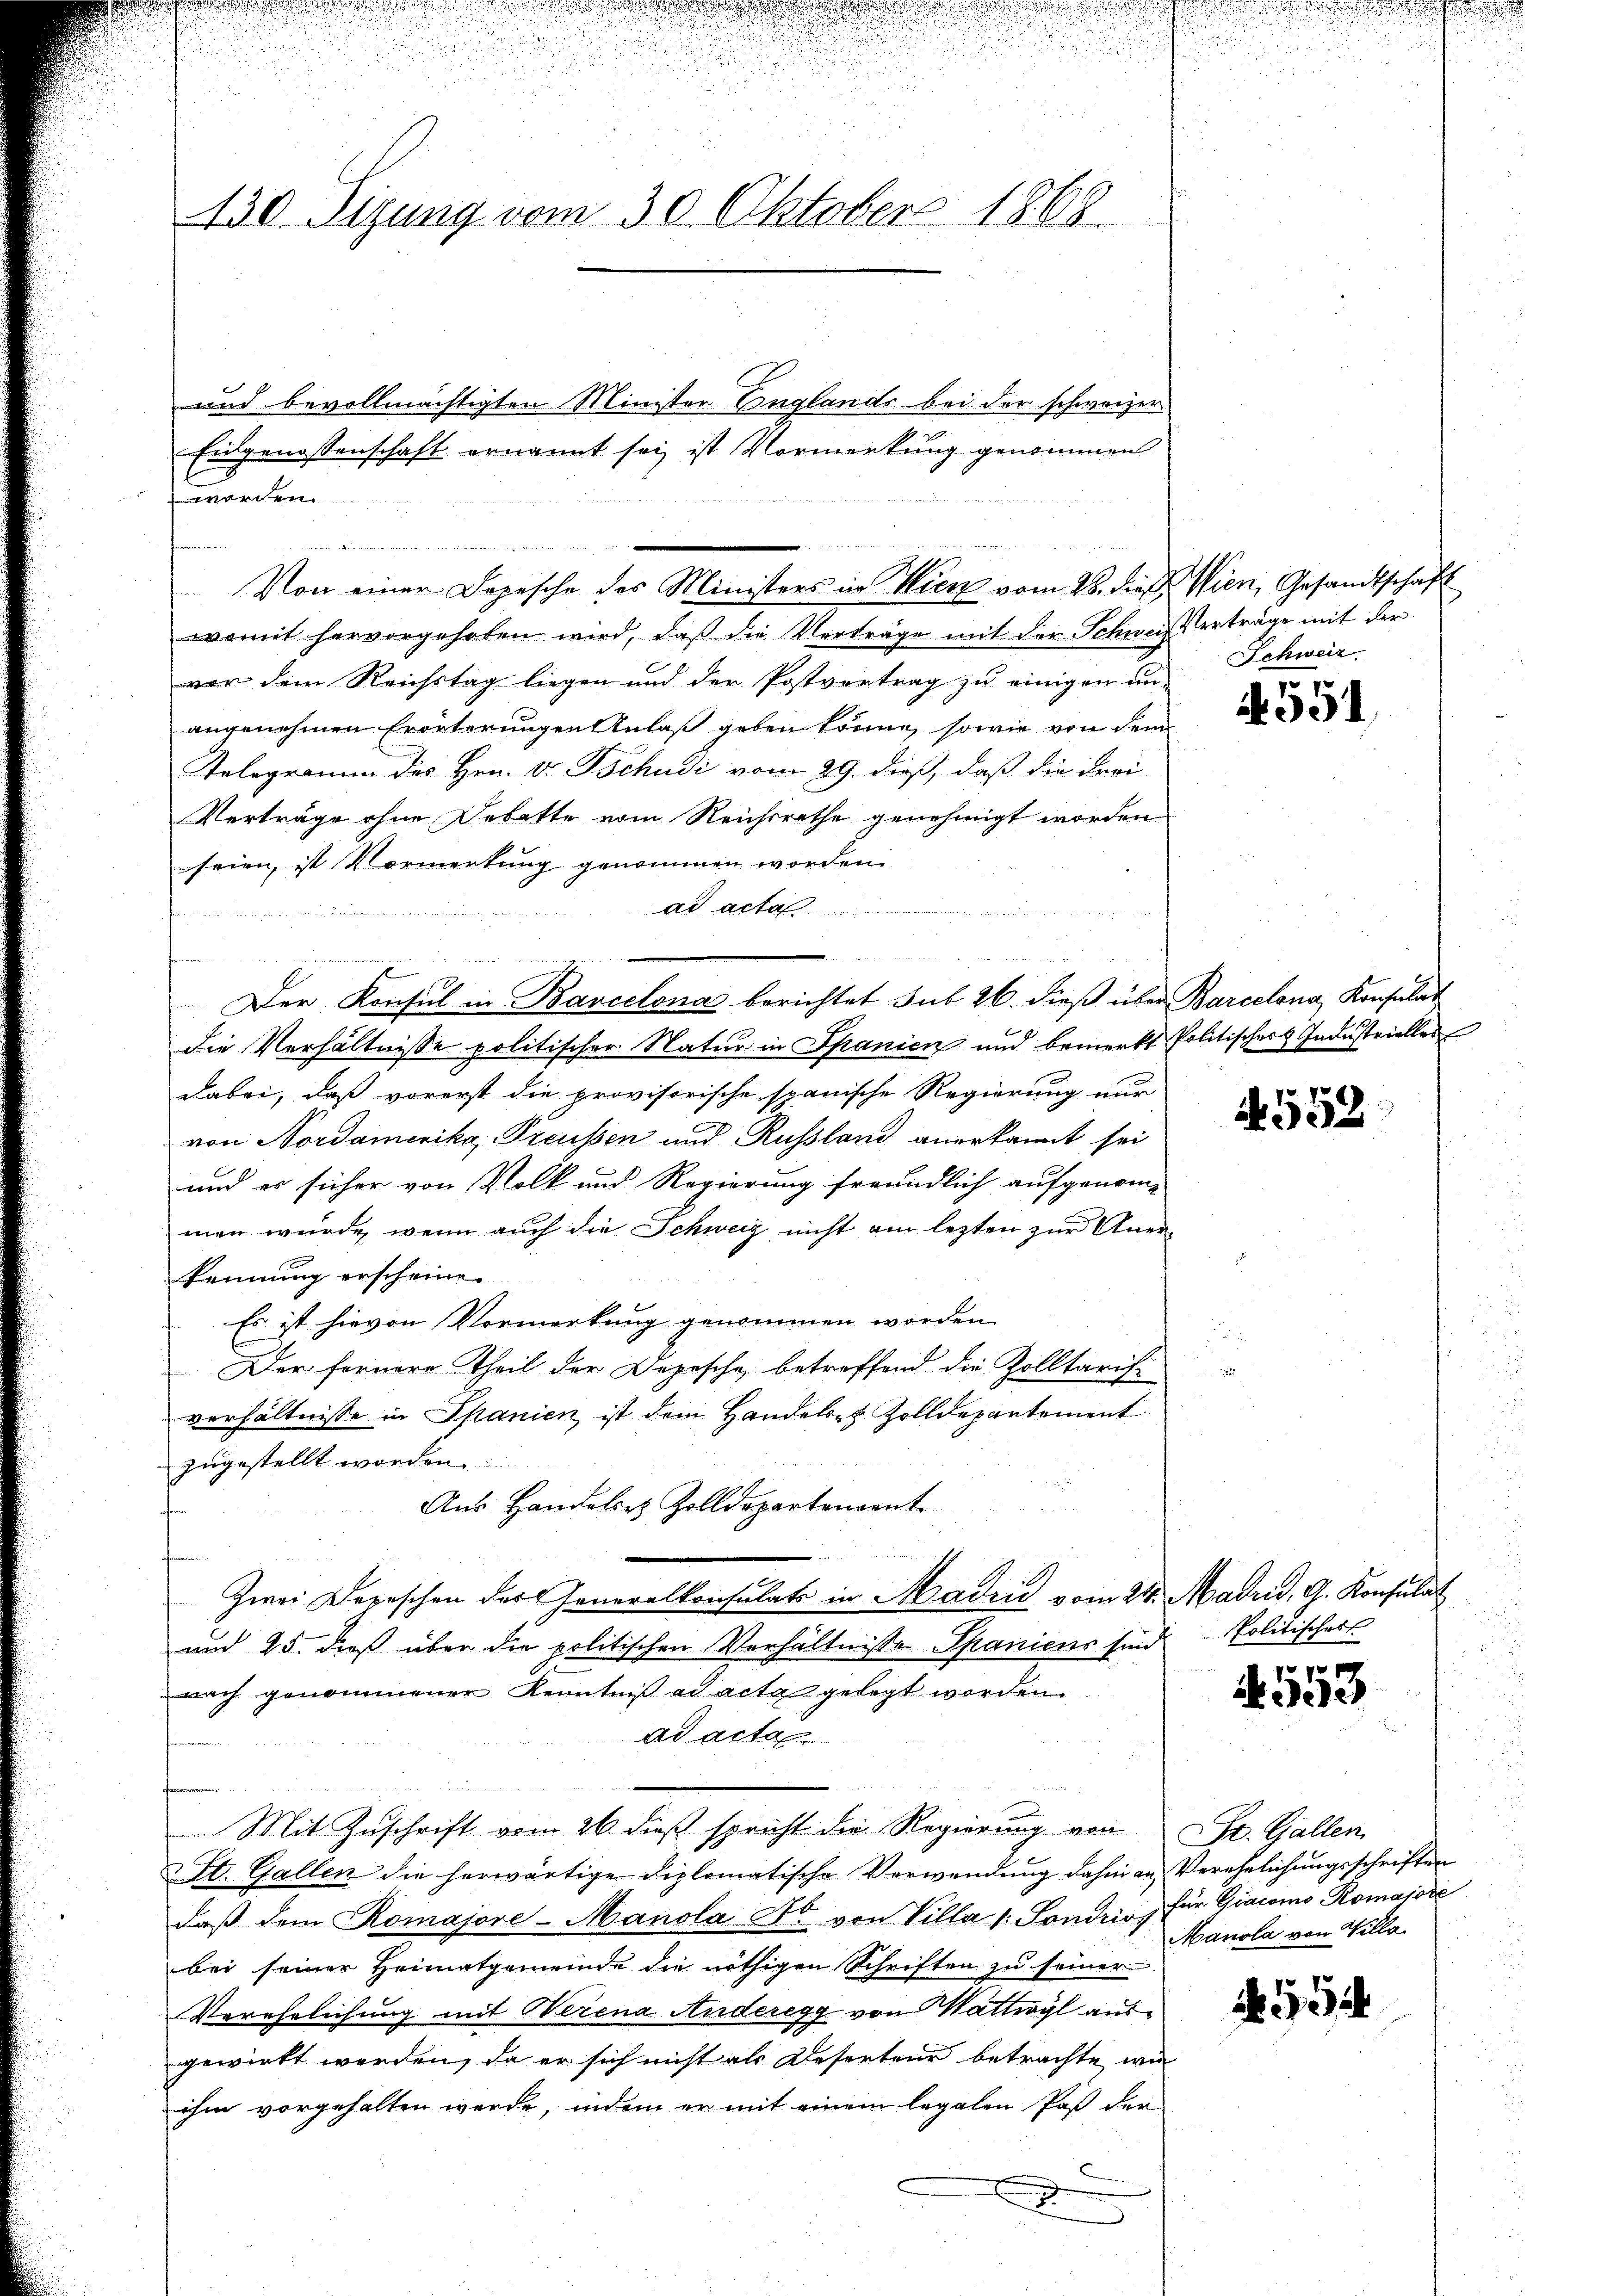
130. Sizung vom 30. Oktober 1868.

Eidgenossenschaft ernannt sei ist Vormerkung genommen

d

und bevollmächtigten Minister Englands bei der schweizerworden
womit hervorgehoben wird, daß die Verträge mit der Schweiz Verträge mit der
vor dem Reichstag liegen und der Postvertrag zu einigen an-
angenehmen Erörterungen Anlaß geben könne, sowie von dem
Telegramm des Hrn. V. Tschudi vom 29. dieß, daß die Frei-
Verträge ohne Debatte vom Reichsrathe genehmigt worden
seien, ist Vormerkung genommen worden.

die Verhältnisse politischer Natur in Spanien und bemerkt Politischer Industrielles
dabei, daß vorerst die provisorische spanische Regierung nur
von Nordamerika, Preussen und Russland anerkannt sei
und er sicher von Volk und Regierung freundlich aufgenom-
men wurde, wenn auch die Schweiz nicht am lezten zur Aner-
kennung erscheinen
Es ist hievon Vormerkung genommen worden.
Der fernere Theil der Depesche betreffend die Zolltaris-
verhältnisse in Spanien, ist dem Handels- & Zolldepartement
zugestellt worden.
Aus Handelses Zolldepartement
Zwei Depeschen der Generalkonsulats in Madrić vom 24. Madrid, G. Konsulat
und 25. dieß über die politischen Verhältnisse Spaniens sind
nach genommener Kenntniß ad acta gelegt worden.
ad acte
u
Mit Zuschrift vom 26. dieß spricht die Regierung von St. Gallen
St. Gallen die herwärtige diplomatische Verwendung dahin an Verehelichungsschriften
daβ dem Romajore-Manola Fr. von Villa 1. Sondriss für Giacomo Romajore
bei seiner Heimatgemeinde die nöthigen Schriften zu seiner
Verehelichung mit Werena Anderegg von Wattwyl ausgewirkt werden, da er sich nicht als Deserteur betrachte wie
ihm vorgehalten werde, indem er mit einem legalen Paß der
.

Von einer Depesche des Ministers in Wien vom 28. dieß. Wien, Gesandtschaft

Der Konsul in Barcelona berichtet sub 26. dieß über Barcelona, Konsulat

Schweiz.

5
A001

4558

Politischer

4553

Manola von Willa

N 554